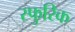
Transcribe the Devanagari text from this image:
स्फुरिक